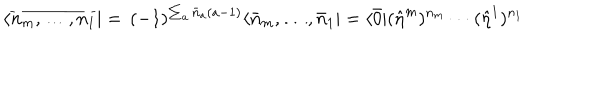
\langle \overline { { { n _ { m } , \ldots , n _ { 1 } } } } | = \, ( - 1 ) ^ { \sum _ { a } \bar { n } _ { a } ( a - 1 ) } \langle \bar { n } _ { m } , \ldots , \bar { n } _ { 1 } | = \langle \bar { 0 } | ( \hat { \eta } ^ { m } ) ^ { n _ { m } } \cdots ( \hat { \eta } ^ { 1 } ) ^ { n _ { 1 } }